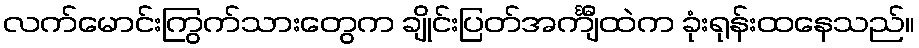
လက်မောင်းကြွက်သားတွေက ချိုင်းပြတ်အင်္ကျီထဲက ခုံးရုန်းထနေသည်။